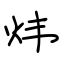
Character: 炜